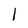
Character: l